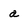
Character: a